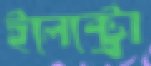
ইলেক্ট্রো